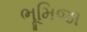
ભૂમિજા